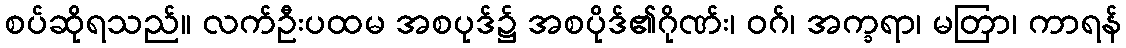
စပ်ဆိုရသည်။ လက်ဦးပထမ အစပုဒ်၌ အစပိုဒ်၏ဂိုဏ်း၊ ဝဂ်၊ အက္ခရာ၊ မတြာ၊ ကာရန်